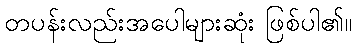
တပန်းလည်းအပေါများဆုံး ဖြစ်ပါ၏။